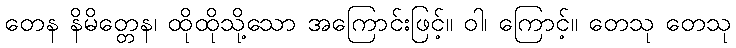
တေန နိမိတ္တေန၊ ထိုထိုသို့သော အကြောင်းဖြင့်။ ဝါ၊ ကြောင့်။ တေသု တေသု